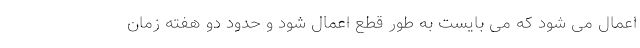
اعمال می شود که می بایست به طور قطع اعمال شود و حدود دو هفته زمان